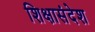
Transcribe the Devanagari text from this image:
शिक्षासंदेश